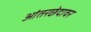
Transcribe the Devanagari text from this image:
आंतरछेदावर